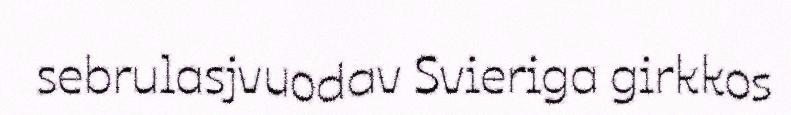
sebrulasjvuodav Svieriga girkkos